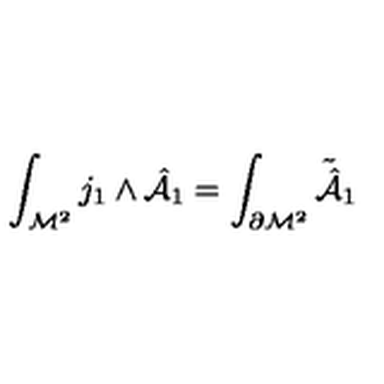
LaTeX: \int _ { { \cal M } ^ { 2 } } j _ { 1 } \wedge { \hat { \cal A } } _ { 1 } = \int _ { \partial { \cal M } ^ { 2 } } { \tilde { \hat { \cal A } } } _ { 1 }